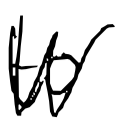
Text: to
Cross-out: zig-zag
Writing tool: digital_black